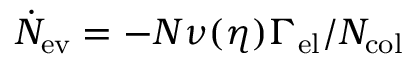
\dot { N } _ { \mathrm { e v } } = - N \nu ( \eta ) \Gamma _ { \mathrm { e l } } / N _ { \mathrm { c o l } }